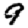
Digit: 9